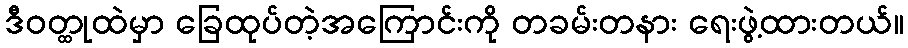
ဒီဝတ္ထုထဲမှာ ခြေထုပ်တဲ့အကြောင်းကို တခမ်းတနား ရေးဖွဲ့ထားတယ်။